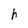
Character: h